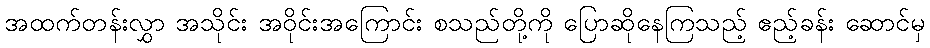
အထက်တန်းလွှာ အသိုင်း အဝိုင်းအကြောင်း စသည်တို့ကို ပြောဆိုနေကြသည့် ဧည့်ခန်း ဆောင်မှ